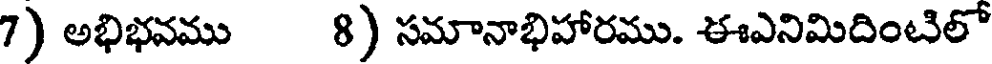
7) అభిభవము 8) సమానాభిహారము. ఈఎనిమిదింటిలో